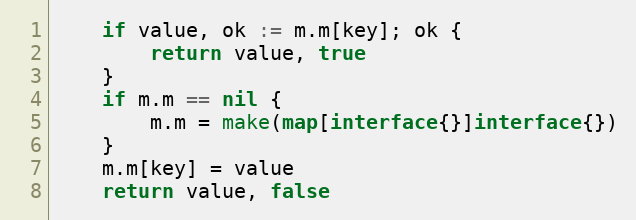
Language: Go
	if value, ok := m.m[key]; ok {
		return value, true
	}
	if m.m == nil {
		m.m = make(map[interface{}]interface{})
	}
	m.m[key] = value
	return value, false